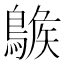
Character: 𪂷